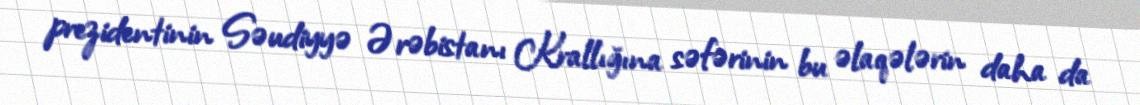
prezidentinin Səudiyyə Ərəbistanı Krallığına səfərinin bu əlaqələrin daha da